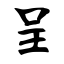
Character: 呈